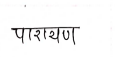
मजकूर: पारायण